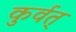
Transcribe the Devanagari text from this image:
कुर्वत्